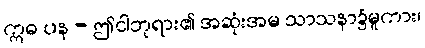
ဣဓ ပန - ဤငါဘုရား၏ အဆုံးအမ သာသနာ၌မူကား၊